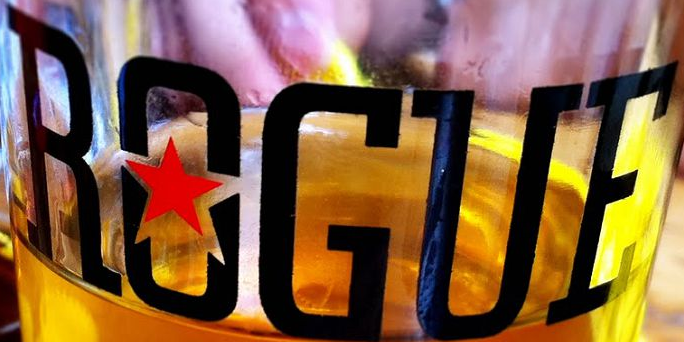
ROGUE